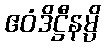
ဧဝံဒိဋ္ဌီနမ္ပိ